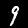
Digit: 9